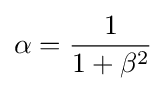
\alpha ={\frac {1}{1+\beta ^{2}}}